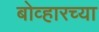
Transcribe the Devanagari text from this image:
बोव्हारच्या